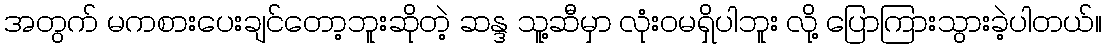
အတွက် မကစားပေးချင်တော့ဘူးဆိုတဲ့ ဆန္ဒ သူ့ဆီမှာ လုံးဝမရှိပါဘူး လို့ ပြောကြားသွားခဲ့ပါတယ်။